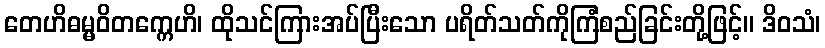
တေဟိဓမ္မဝိတက္ကေဟိ၊ ထိုသင်ကြားအပ်ပြီးသော ပရိတ်သတ်ကိုကြံစည်ခြင်းတို့ဖြင့်။ ဒိဝသံ၊